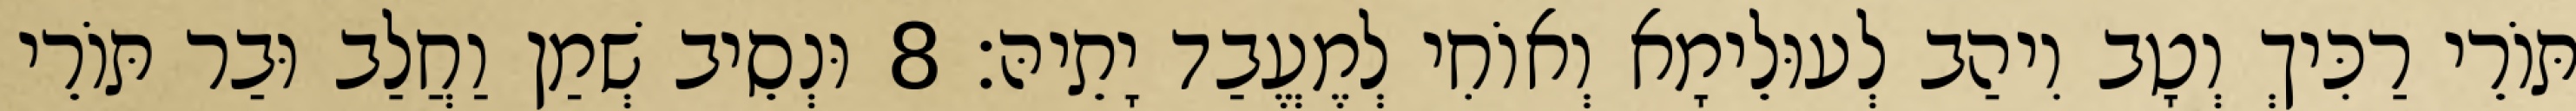
תּוֹרֵי רַכִּיךְ וְטָב וִיהַב לְעוּלֵימָא וְאוֹחִי לְמֶעֱבַד יָתֵיהּ׃ 8 וּנְסֵיב שְׁמַן וַחֲלַב וּבַר תּוֹרֵי